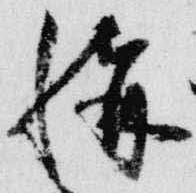
称